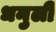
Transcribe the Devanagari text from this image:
धनुली